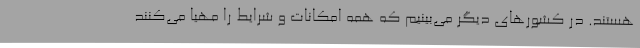
هستند. در کشورهای دیگر می‌بینیم که همه امکانات و شرایط را مهیا می‌کنند